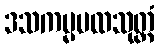
ဒသကမ္မပထသုတ္တံ